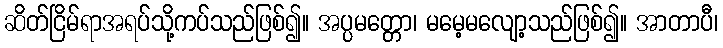
ဆိတ်ငြိမ်ရာအရပ်သို့ကပ်သည်ဖြစ်၍။ အပ္ပမတ္တော၊ မမေ့မလျော့သည်ဖြစ်၍။ အာတာပီ၊